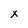
Character: x